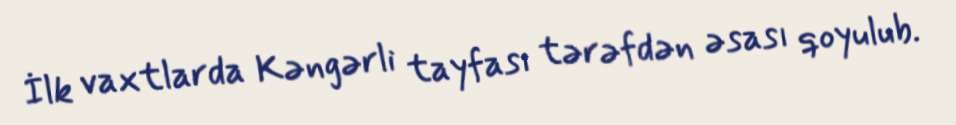
İlk vaxtlarda Kəngərli tayfası tərəfdən əsası qoyulub.